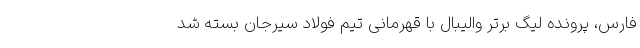
فارس، پرونده لیگ برتر والیبال با قهرمانی تیم فولاد سیرجان بسته شد